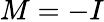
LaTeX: M=-I